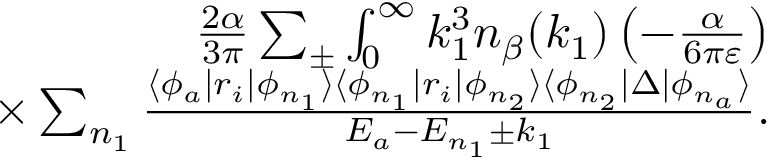
\begin{array} { r } { \frac { 2 \alpha } { 3 \pi } \sum _ { \pm } \int _ { 0 } ^ { \infty } k _ { 1 } ^ { 3 } n _ { \beta } ( k _ { 1 } ) \left( - \frac { \alpha } { 6 \pi \varepsilon } \right) } \\ { \times \sum _ { n _ { 1 } } \frac { \langle \phi _ { a } | r _ { i } | \phi _ { n _ { 1 } } \rangle \langle \phi _ { n _ { 1 } } | r _ { i } | \phi _ { n _ { 2 } } \rangle \langle \phi _ { n _ { 2 } } | \Delta | \phi _ { n _ { a } } \rangle } { E _ { a } - E _ { n _ { 1 } } \pm k _ { 1 } } . } \end{array}